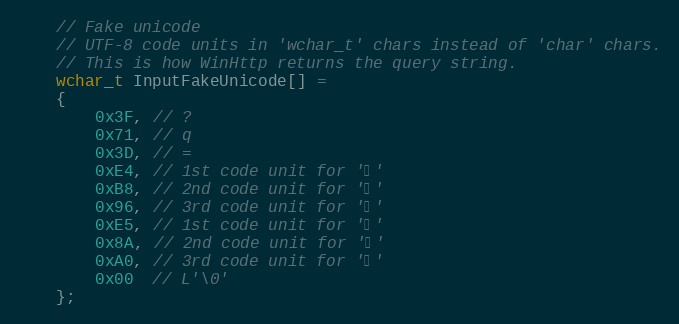
Language: C++
    // Fake unicode
    // UTF-8 code units in 'wchar_t' chars instead of 'char' chars.
    // This is how WinHttp returns the query string.
    wchar_t InputFakeUnicode[] =
    {
        0x3F, // ?
        0x71, // q
        0x3D, // =
        0xE4, // 1st code unit for '世'
        0xB8, // 2nd code unit for '世'
        0x96, // 3rd code unit for '世'
        0xE5, // 1st code unit for '加'
        0x8A, // 2nd code unit for '加'
        0xA0, // 3rd code unit for '加'
        0x00  // L'\0'
    };